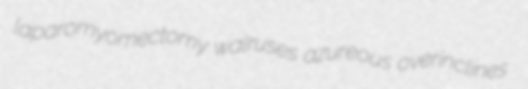
laparomyomectomy walruses azureous overinclines